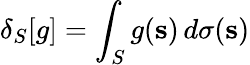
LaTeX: \delta_{S}[g]=\int_{S}g(\mathbf{s})\, d\sigma(\mathbf{s})